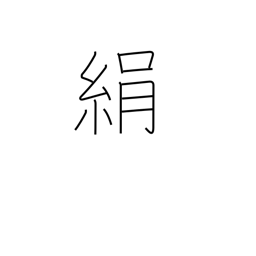
Meaning: silk